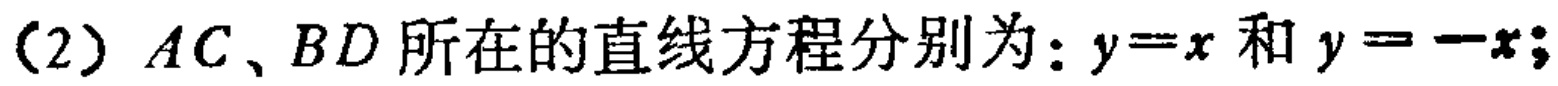
（2）$AC、BD$所在的直线方程分别为：$y = x$和$y=-x$；